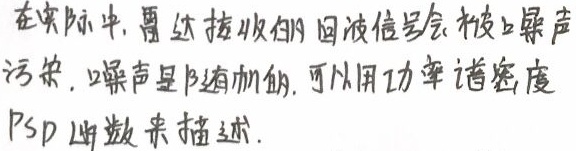
在实际中,雷达接收的回波信号会被上噪声污染, 噪声是随机的, 可以用功率谱密度PSD函数来描述.